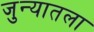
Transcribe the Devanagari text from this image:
जुन्यातला